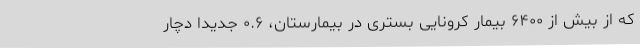
که از بیش از ۶۴۰۰ بیمار کرونایی بستری در بیمارستان، ۰.۶ جدیداًٌ دچار